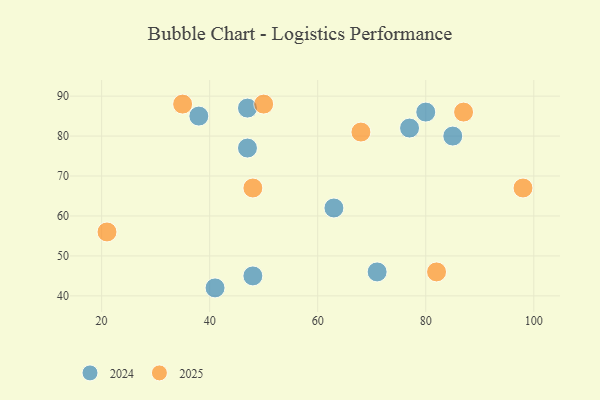
{"axis": {"x": "GDP", "y": "Life Expectancy"}, "legend": ["2024", "2025"], "data": [{"x": "71", "y": 46, "type": "2024"}, {"x": "48", "y": 45, "type": "2024"}, {"x": "38", "y": 85, "type": "2024"}, {"x": "41", "y": 42, "type": "2024"}, {"x": "80", "y": 86, "type": "2024"}, {"x": "77", "y": 82, "type": "2024"}, {"x": "63", "y": 62, "type": "2024"}, {"x": "47", "y": 87, "type": "2024"}, {"x": "47", "y": 77, "type": "2024"}, {"x": "85", "y": 80, "type": "2024"}, {"x": "48", "y": 67, "type": "2025"}, {"x": "68", "y": 81, "type": "2025"}, {"x": "21", "y": 56, "type": "2025"}, {"x": "87", "y": 86, "type": "2025"}, {"x": "98", "y": 67, "type": "2025"}, {"x": "50", "y": 88, "type": "2025"}, {"x": "35", "y": 88, "type": "2025"}, {"x": "82", "y": 46, "type": "2025"}]}